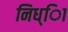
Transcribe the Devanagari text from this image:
निध्ाि